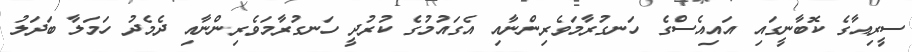
ސީރިއާގެ ކޮބާނީގައި އައިއެސްގެ ހަނގުރާމަވެރިންނާއި އެގައުމުގެ ކުރުދީ ހަނގުރާމަވެރިންނާއި ދެމެދު ހަމަލާ ބަދަލު